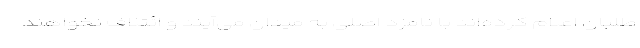
‌طلبان اعلام کرده‌اند با نامزد اصلی به میدان می‌آیند و ائتلاف نخواهند